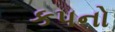
કપનો